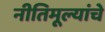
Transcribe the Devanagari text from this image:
नीतिमूल्यांचे